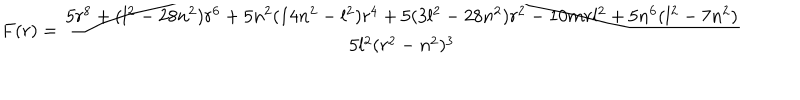
LaTeX: F ( r ) = { \frac { 5 r ^ { 8 } + ( l ^ { 2 } - 2 8 n ^ { 2 } ) r ^ { 6 } + 5 n ^ { 2 } ( 1 4 n ^ { 2 } - l ^ { 2 } ) r ^ { 4 } + 5 ( 3 l ^ { 2 } - 2 8 n ^ { 2 } ) r ^ { 2 } - 1 0 m r l ^ { 2 } + 5 n ^ { 6 } ( l ^ { 2 } - 7 n ^ { 2 } ) } { 5 l ^ { 2 } ( r ^ { 2 } - n ^ { 2 } ) ^ { 3 } } }